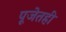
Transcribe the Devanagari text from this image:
पूजेतही